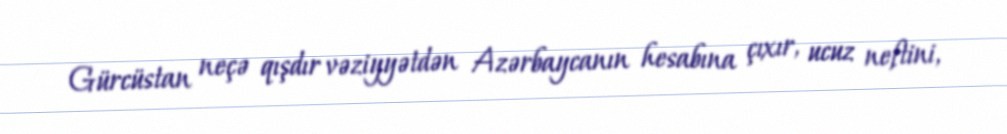
Gürcüstan neçə qışdır vəziyyətdən Azərbaycanın hesabına çıxır, ucuz neftini,